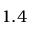
1 . 4